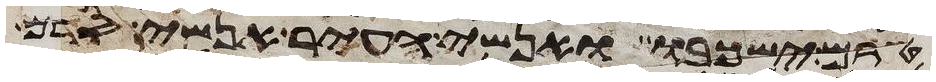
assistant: טרם ישכבו אנשי העיר אנשי סדם